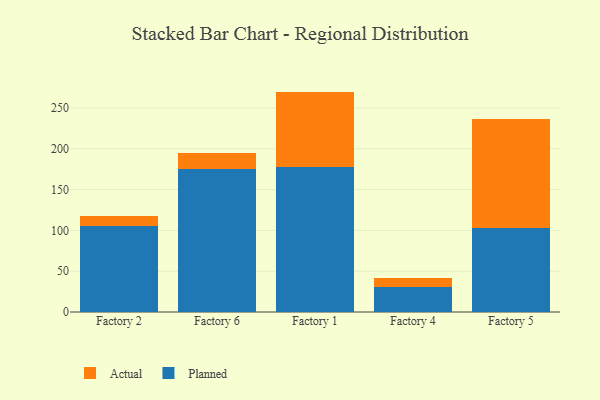
{"axis": {"x": "Factory", "y": "Active Users"}, "legend": ["Actual", "Planned"], "data": [{"x": "Factory 2", "y": 104.9, "type": "Planned"}, {"x": "Factory 2", "y": 12.8, "type": "Actual"}, {"x": "Factory 6", "y": 175.1, "type": "Planned"}, {"x": "Factory 6", "y": 20.3, "type": "Actual"}, {"x": "Factory 1", "y": 177.8, "type": "Planned"}, {"x": "Factory 1", "y": 92.3, "type": "Actual"}, {"x": "Factory 4", "y": 30.7, "type": "Planned"}, {"x": "Factory 4", "y": 11.4, "type": "Actual"}, {"x": "Factory 5", "y": 103.0, "type": "Planned"}, {"x": "Factory 5", "y": 133.0, "type": "Actual"}]}